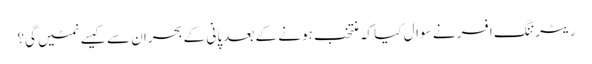
ریٹرننگ افسر نے سوال کیا کہ منتخب ہونے کے بعد پانی کے بحران سے کیسے نمٹیں گی؟